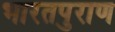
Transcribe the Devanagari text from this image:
भारतपुराण